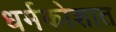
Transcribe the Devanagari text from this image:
धर्मकोशात